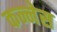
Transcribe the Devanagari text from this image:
कन्नेस